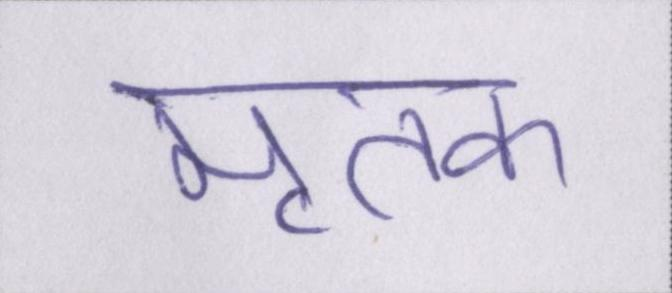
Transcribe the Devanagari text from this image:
मृतक